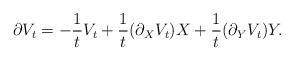
LaTeX: \begin{align*}\partial V_t=-\frac{1}{t}V_t+\frac{1}{t}(\partial_X V_t)X+\frac 1 t(\partial_Y V_t)Y.\end{align*}